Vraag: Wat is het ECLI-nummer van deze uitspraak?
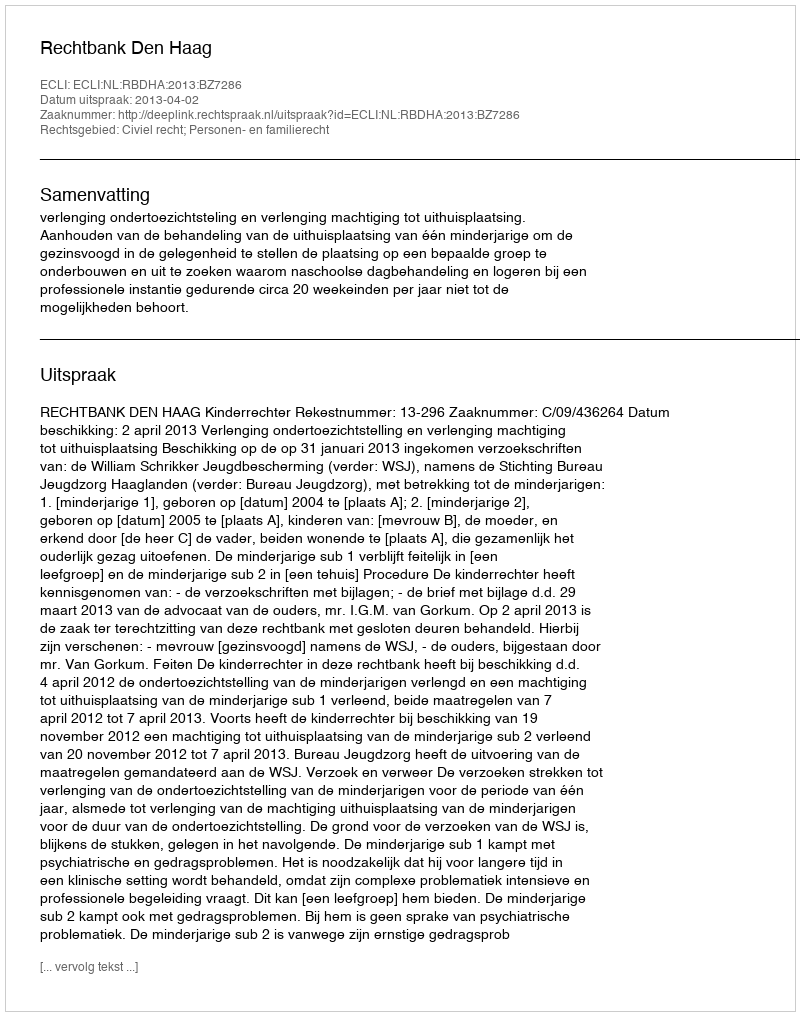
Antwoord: ECLI:NL:RBDHA:2013:BZ7286